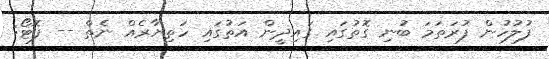
ފުލުހުން ފުރަތަަމަ ބުނި ގޮތުގައި ގައިދީން އަތުގައި ހަތިޔާރެއް ނެތް -- ފޮޓޯ: